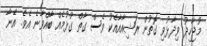
މުޖާހިދު ވިދާޅުވި ގޮތުން ރަޝިއާއާއެކު ވެސް ގާތް ގުޅުމެއް ބާއްވާނެ އެވެ. އޭނާ